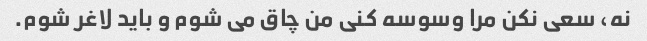
نه، سعی نکن مرا وسوسه کنی من چاق می شوم و باید لاغر شوم.